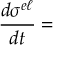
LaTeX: \frac { d \sigma ^ { e \ell } } { d t } =